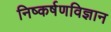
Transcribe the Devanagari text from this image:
निष्कर्षणविज्ञान